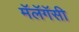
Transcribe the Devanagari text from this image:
मॅलॅगॅसी